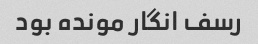
رسف انگار مونده بود